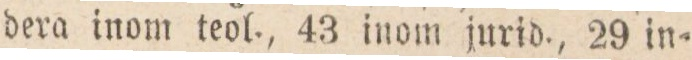
— dera inom teol. 43 inom jurid. 29 in-